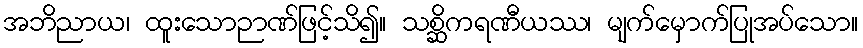
အဘိညာယ၊ ထူးသောဉာဏ်ဖြင့်သိ၍။ သစ္ဆိကရဏီယဿ၊ မျက်မှောက်ပြုအပ်သော။